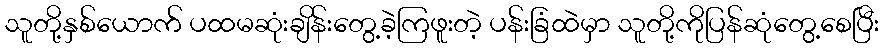
သူတို့နှစ်ယောက် ပထမဆုံးချိန်းတွေ့ခဲ့ကြဖူးတဲ့ ပန်းခြံထဲမှာ သူတို့ကိုပြန်ဆုံတွေ့စေပြီး